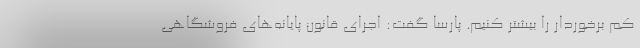
کم برخوردار را بیشتر کنیم. پارسا گفت: اجرای قانون پایانه‌های فروشگاهی